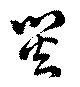
災